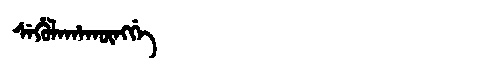
Manchu: ᠰᡝᡥᡠᠯᡝᡥᠠᡴᡡᠩᡤᡝ
Romanization: SEHULEHAKŪNGGE